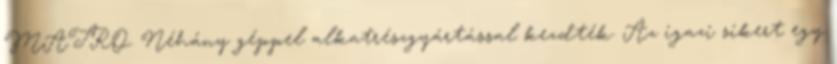
MATRO. Néhány géppel alkatrészgyártással kezdték. Az igazi sikert egy